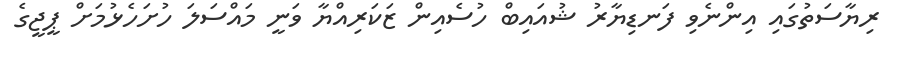
ރިޔާސަތުގައި އިންނެވި ފަނޑިޔާރު ޝުއައިބް ހުސެއިން ޒަކަރިއްޔާ ވަނީ މައްސަލަ ހުށަހެޅުމަށް ޕީޖީގެ